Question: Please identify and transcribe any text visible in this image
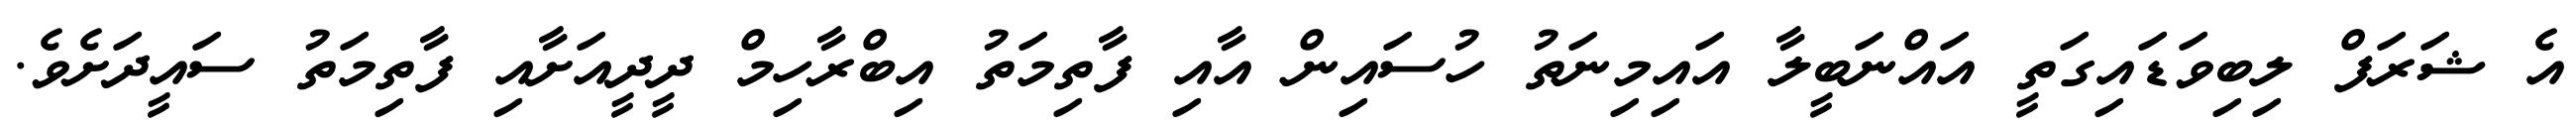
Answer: އެ ޝަރަފް ލިބިވަޑައިގަތީ އައްނަބީލާ އައިމިނަތު ހުސައިން އާއި ފާތިމަތު އިބްރާހިމް ދީދީއަށާއި ފާތިމަތު ސައީދަށެވެ.